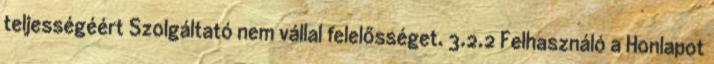
teljességéért Szolgáltató nem vállal felelősséget. 3.2.2 Felhasználó a Honlapot